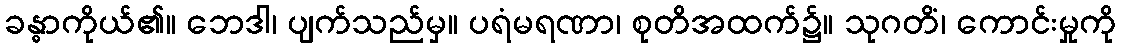
ခန္ဓာကိုယ်၏။ ဘေဒါ၊ ပျက်သည်မှ။ ပရံမရဏာ၊ စုတိအထက်၌။ သုဂတိံ၊ ကောင်းမှုကို